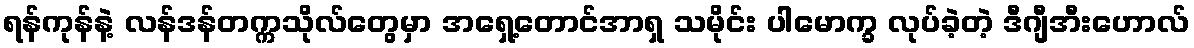
ရန်ကုန်နဲ့ လန်ဒန်တက္ကသိုလ်တွေမှာ အရှေ့တောင်အာရှ သမိုင်း ပါမောက္ခ လုပ်ခဲ့တဲ့ ဒီဂျီအီးဟောလ်